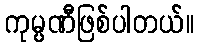
ကုမ္ပဏီဖြစ်ပါတယ်။